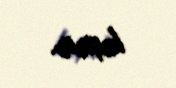
keçirir.